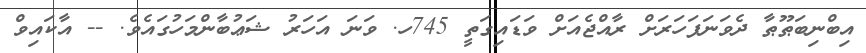
އިބްނިބަޠޫޠާ ދެވަނަފަހަރަށް ރާއްޖެއަށް ވަޑައިގަތީ 745ހ. ވަނަ އަހަރު ޝަޢުބާންމަހުގައެވެ. -- އާކައިވް